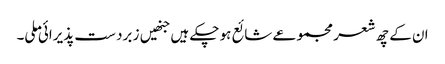
ان کے چھ شعر مجموعے شائع ہو چکے ہیں جنھیں ز برد ست پذیرائی ملی۔